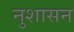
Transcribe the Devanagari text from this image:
नुशासन